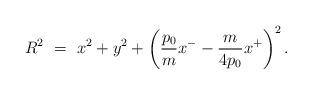
LaTeX: \begin{align*}R^2~=~x^2 + y^2 + \left( {p_{0} \over m}x^{-} - {m \over {4p_{0}}}x^{+} \right)^2. \end{align*}